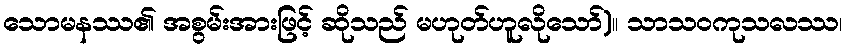
သောမနဿ၏ အစွမ်းအားဖြင့် ဆိုသည် မဟုတ်ဟူလိုသော်)။ သာသဝကုသလဿ၊